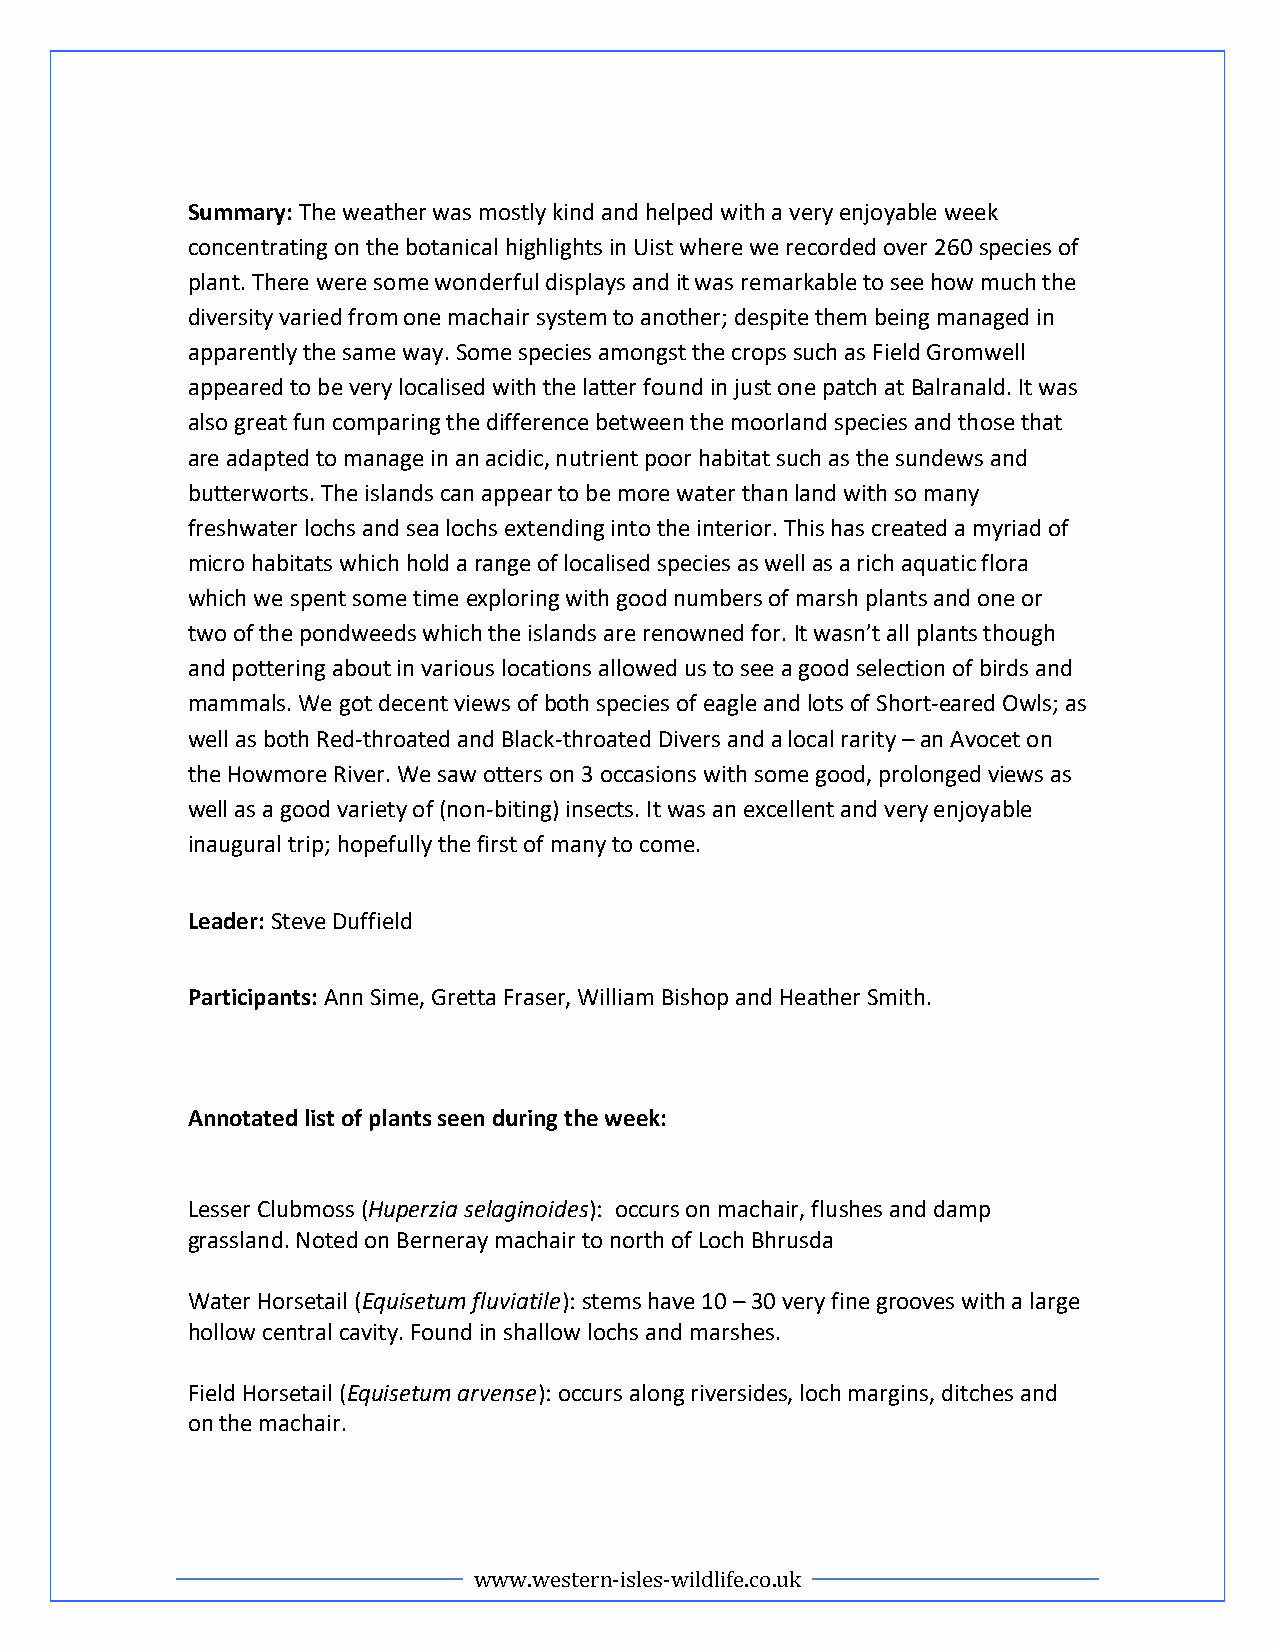
Summary: The weather was mostly kind and helped with a very enjoyable week
 concentrating on the botanical highlights in Uist where we recorded over 260 species of
 plant. There were some wonderful displays and it was remarkable to see how much the
 diversity varied from one machair system to another; despite them being managed in
 apparently the same way. Some species amongst the crops such as Field Gromwell
 appeared to be very localised with the latter found in just one patch at Balranald. It was
 also great fun comparing the difference between the moorland species and those that
 are adapted to manage in an acidic, nutrient poor habitat such as the sundews and
 butterworts. The islands can appear to be more water than land with so many
 freshwater lochs and sea lochs extending into the interior. This has created a myriad of
 micro habitats which hold a range of localised species as well as a rich aquatic flora
 which we spent some time exploring with good numbers of marsh plants and one or
 two of the pondweeds which the islands are renowned for. It wasn’t all plants though
 and pottering about in various locations allowed us to see a good selection of birds and
 mammals. We got decent views of both species of eagle and lots of Short-eared Owls; as
 well as both Red-throated and Black-throated Divers and a local rarity – an Avocet on
 the Howmore River. We saw otters on 3 occasions with some good, prolonged views as
 well as a good variety of (non-biting) insects. It was an excellent and very enjoyable
 inaugural trip; hopefully the first of many to come.
 Leader: Steve Duffield
 Participants: Ann Sime, Gretta Fraser, William Bishop and Heather Smith.
 Annotated list of plants seen during the week:
 Lesser Clubmoss (Huperzia selaginoides): occurs on machair, flushes and damp
 grassland. Noted on Berneray machair to north of Loch Bhrusda
 Water Horsetail (Equisetum fluviatile): stems have 10 – 30 very fine grooves with a large
 hollow central cavity. Found in shallow lochs and marshes.
 Field Horsetail (Equisetum arvense): occurs along riversides, loch margins, ditches and
 on the machair.
 www.western-isles-wildlife.co.uk